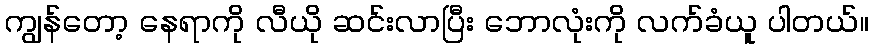
ကျွန်တော့ နေရာကို လီယို ဆင်းလာပြီး ဘောလုံးကို လက်ခံယူ ပါတယ်။